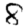
Digit: 8